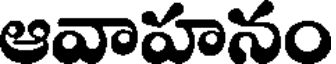
ఆవాహనం